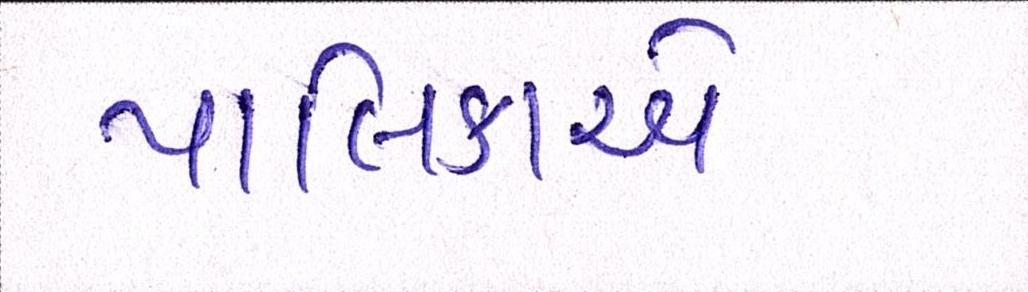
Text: પાલિકાએ